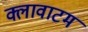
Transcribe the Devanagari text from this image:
क्लावाटम